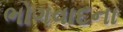
ભોગવાદના